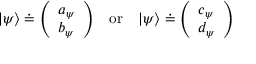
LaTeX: | \psi \rangle \doteq { \left( \begin{array} { l } { a _ { \psi } } \\ { b _ { \psi } } \end{array} \right) } \quad { \mathrm { o r } } \quad | \psi \rangle \doteq { \left( \begin{array} { l } { c _ { \psi } } \\ { d _ { \psi } } \end{array} \right) }